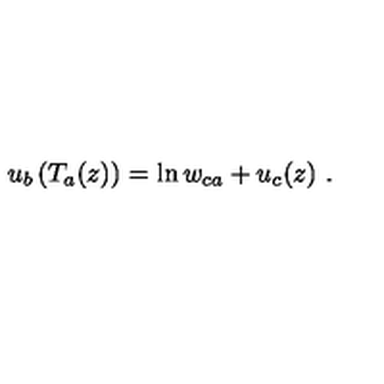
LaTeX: u _ { b } \left( T _ { a } ( z ) \right) = \ln w _ { c a } + u _ { c } ( z ) \ .